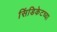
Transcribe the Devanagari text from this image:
सिंडिकेटच्या